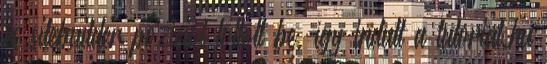
és sitebuilder pozíciót töltött be, így indult a tutorial.hu